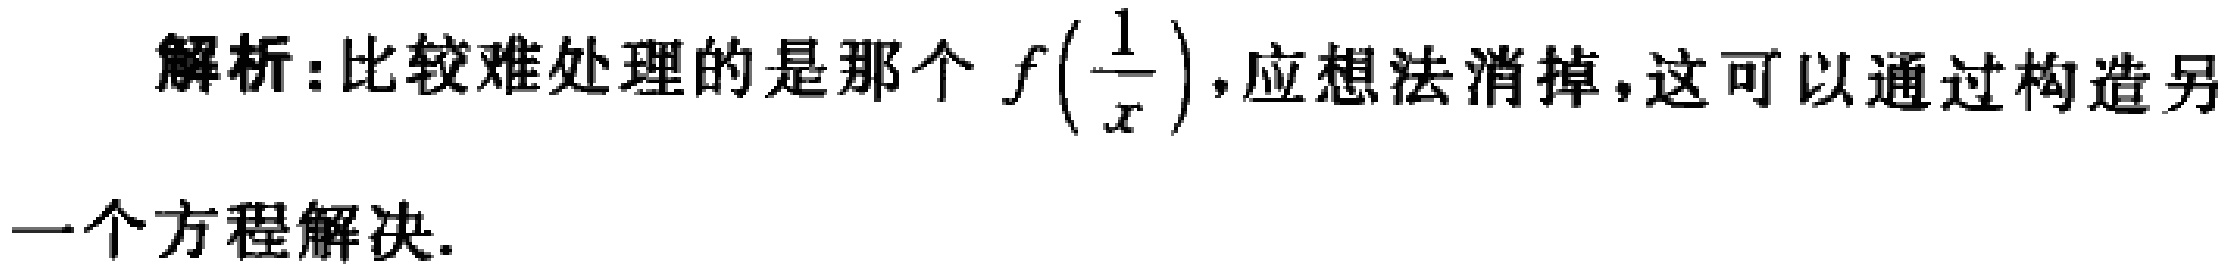
解析：比较难处理的是那个 \(f\left(\frac{1}{x}\right)\)，应想法消掉，这可以通过构造另一个方程解决.